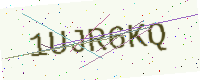
Text: 1UJR6KQ